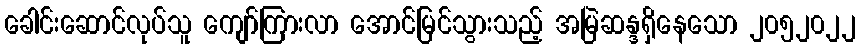
ခေါင်းဆောင်လုပ်သူ ကျော်ကြားလာ အောင်မြင်သွားသည့် အမြဲဆန္ဒရှိနေသော ၂၀၅၂၀၂၂